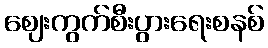
ဈေးကွက်စီးပွားရေးစနစ်